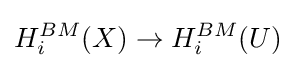
H_{i}^{BM}(X)\to H_{i}^{BM}(U)